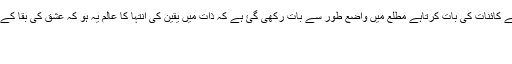
بہت ہی خوبصورت مطلع ہے بڑے ہی جامع انداز میں موصوف نے کہدیا شاعر ذات سے کائنات کی بات کرتاہے مطلع میں واضع طور سے بات رکھی گئ ہے کہ ذات میں یقین کی انتہا کا عالم یہ ہو کہ عشق کی بقا کے لیۓ اس کا فنا ہو جانا ضروری ہے رنگِ تصوف کے لحاظ سے بہترین شعر = مرصع
غزل( دلی تہنیت)
غزل (2)اس نے !